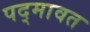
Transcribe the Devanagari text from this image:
पद्‍मावत